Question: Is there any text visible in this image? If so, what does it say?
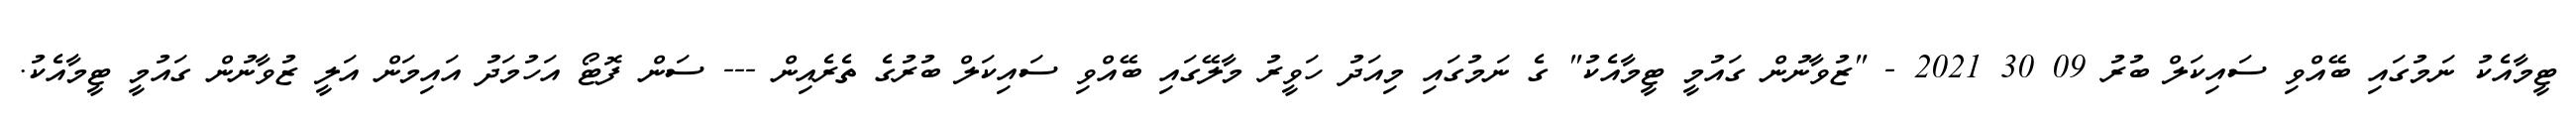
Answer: ޓީމާއެކު ނަމުގައި ބޭއްވި ސައިކަލް ބުރު 09 30 2021 - "ޒުވާނުން ގައުމީ ޓީމާއެކު" ގެ ނަމުގައި މިއަދު ހަވީރު މާލޭގައި ބޭއްވި ސައިކަލް ބުރުގެ ތެރެއިން --- ސަން ފޮޓޯ އަހުމަދު އައިމަން އަލީ ޒުވާނުން ގައުމީ ޓީމާއެކު.